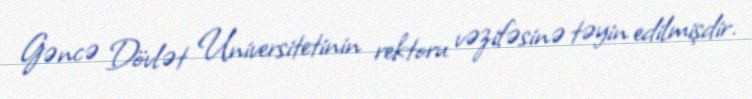
Gəncə Dövlət Universitetinin rektoru vəzifəsinə təyin edilmişdir.